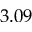
3 . 0 9